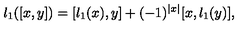
l _ { 1 } ( [ x , y ] ) = [ l _ { 1 } ( x ) , y ] + ( - 1 ) ^ { | x | } [ x , l _ { 1 } ( y ) ] ,